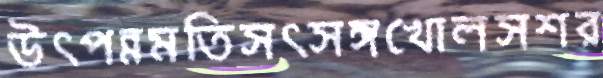
উত্পন্নমতিসত্সঙ্গখোলসশর